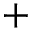
^ +